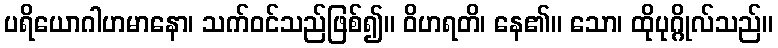
ပရိယောဂါဟမာနော၊ သက်ဝင်သည်ဖြစ်၍။ ဝိဟရတိ၊ နေ၏။ သော၊ ထိုပုဂ္ဂိုလ်သည်။